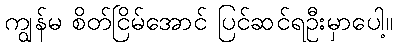
ကျွန်မ စိတ်ငြိမ်အောင် ပြင်ဆင်ရဦးမှာပေါ့။